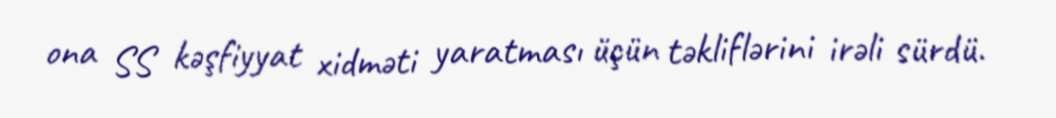
ona SS kəşfiyyat xidməti yaratması üçün təkliflərini irəli sürdü.